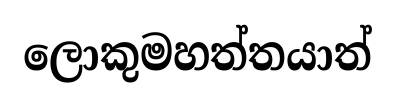
ලොකුමහත්තයාත්